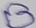
Text: B